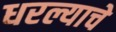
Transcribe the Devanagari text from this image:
धरल्याचे